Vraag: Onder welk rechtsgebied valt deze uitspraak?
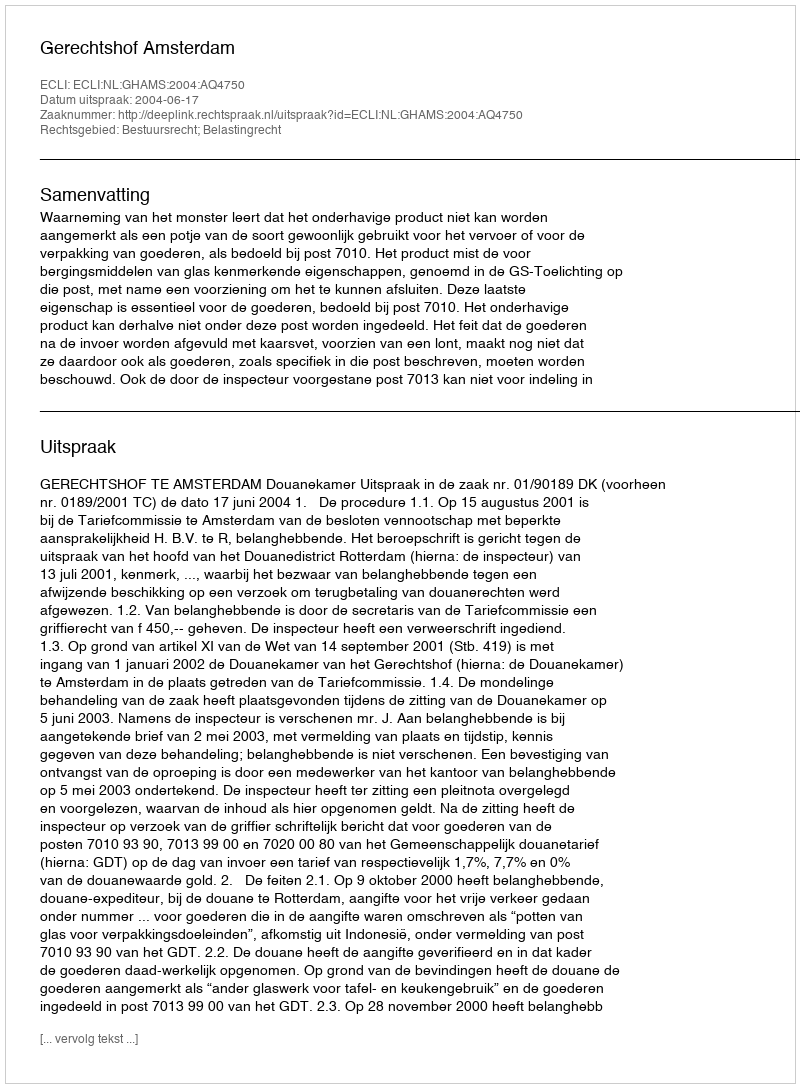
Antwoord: Bestuursrecht; Belastingrecht